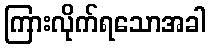
ကြားလိုက်ရသောအခါ